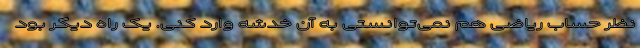
نظر حساب ریاضی هم نمی‌توانستی به آن خدشه وارد کنی. یک راه دیگر بود